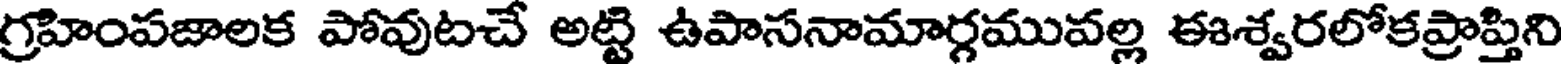
గ్రహింపజాలక పోవుటచే అట్టి ఉపాసనామార్గమువల్ల ఈశ్వరలోకప్రాప్తిని